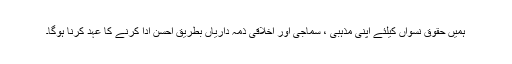
ہمیں حقوق نسواں کیلئے اپنی مذہبی ، سماجی اور اخلاقی ذمہ داریاں بطریق احسن ادا کرنے کا عہد کرنا ہوگا۔